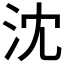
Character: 沈